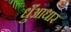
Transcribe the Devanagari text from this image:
धुँआधार